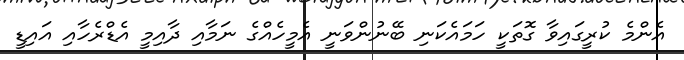
އެންމެ ކުރީގައިވާ ގޮތަކީ ހަމައެކަނި ބޭނުންވަނީ އެމީހެއްގެ ނަމާއި ދާއިމީ އެޑްރެހާއި އައިޑީ